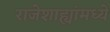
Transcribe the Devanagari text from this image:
राजेशाह्यांमध्ये